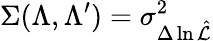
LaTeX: \Sigma(\Lambda,\Lambda^{\prime})=\sigma_{\Delta\ln\hat{\cal L}}^{2}